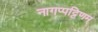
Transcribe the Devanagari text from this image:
नागप्पट्टिणम्